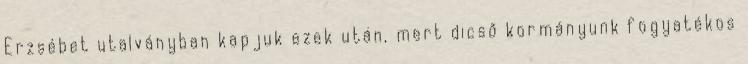
Erzsébet utalványban kapjuk ezek után, mert dicső kormányunk fogyatékos